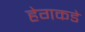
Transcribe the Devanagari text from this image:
हेगकडे